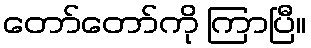
တော်တော်ကို ကြာပြီ။